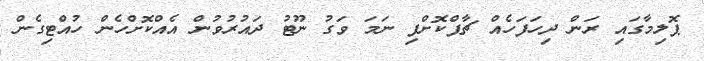
ޕޮލިމާގައި ރަން ދިހަފަހެއް ޗާޕްކޮށްފި ނަމަ ވަގު ނޫޓު ދައުރުވުން އެއްކޮށްހެން ހުއްޓިގެން